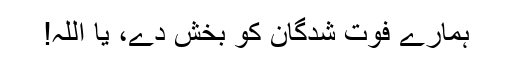
ہمارے فوت شدگان کو بخش دے، یا اللہ!